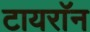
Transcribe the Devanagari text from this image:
टायराॅन